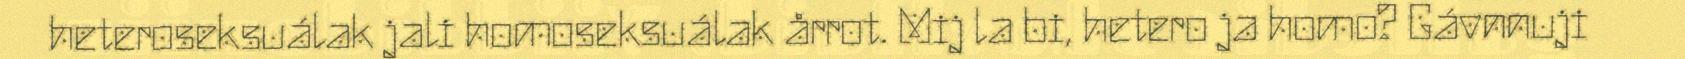
heteroseksuálak jali homoseksuálak årrot. Mij la bi, hetero ja homo? Gávnnuji